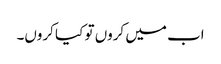
اب میں کروں تو کیا کروں۔